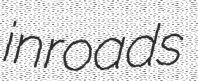
inroads